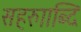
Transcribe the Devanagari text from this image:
सहरुााब्दि